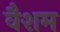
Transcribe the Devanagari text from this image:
वैशम